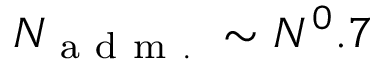
N _ { \mathrm { ~ a ~ d ~ m ~ . ~ } } \sim N ^ { 0 } . 7